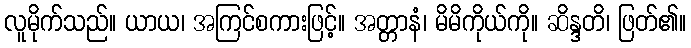
လူမိုက်သည်။ ယာယ၊ အကြင်စကားဖြင့်။ အတ္တာနံ၊ မိမိကိုယ်ကို။ ဆိန္ဒတိ၊ ဖြတ်၏။